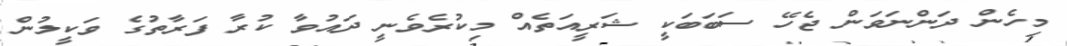
މިހެން ދަންނަވަން ޖެހޭ ސަބަބަކީ ޝަރީއަތެއް މިކުރެވެނީ ދައުވާ ކުރާ ފަރާތުގެ ވަކީލުން